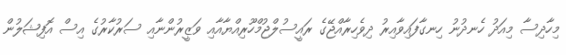
މިހާދިސާ މިއަދު ހެނދުނު ހިނގާފައިވާއިރު ދިވެހިރާއްޖޭގެ ރައީސުލްޖުމްހޫރިއްޔާއާއި ވަޒީރުންނާއި ސަރުކާރުގެ އިސް އޮފިޝަލުން